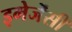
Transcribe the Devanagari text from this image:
इमेर्जेंसी